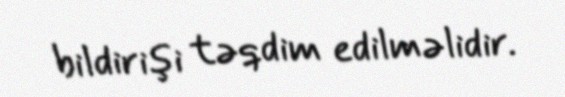
bildirişi təqdim edilməlidir.